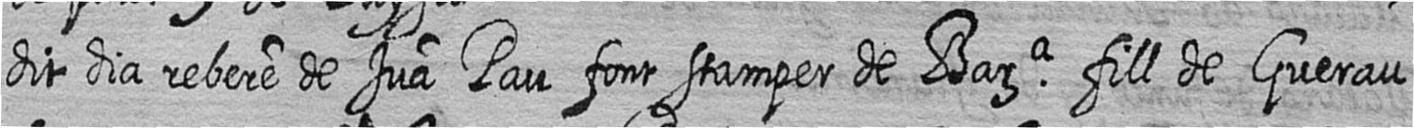
dit dia rebere de Jua Pau font stamper de Bara fill de Guerau